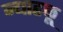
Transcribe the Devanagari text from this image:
न्याहळू